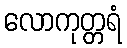
လောကုတ္တရံ